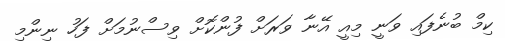
ކިމް ބުނެފައި ވަނީ މިއީ އޭނާ ވަރަށް ފުންކޮށް ވިސްނުމަށް ފަހު ނިންމި